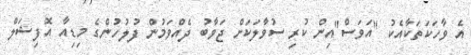
އެ ވާހަކަތަކާއެކު "އަވަސް"އިން ކުރި ސުވާލަކަށް ޖަވާބު ދެއްވަމުން ފުލުހުންގެ މިޑިއާ އޮފިޝަލް